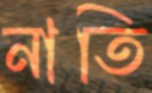
নাতি